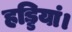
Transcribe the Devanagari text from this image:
हड्डियां।